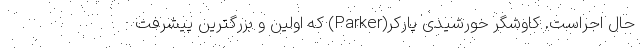
حال اجراست. کاوشگر خورشیدی پارکر(Parker) که اولین و بزرگترین پیشرفت